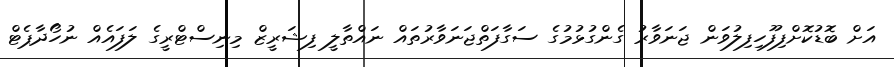
އަށް ބޮޑުކޮށްފިފޫހިފިލުވަން ޖަނަވާރު ގެންގުޅުމުގެ ސަގާފަތްޖަނަވާރުތައް ނައްތާލީ ފިޝަރީޒް މިނިސްޓްރީގެ ލަފައެއް ނުހޯދާޕެޓް